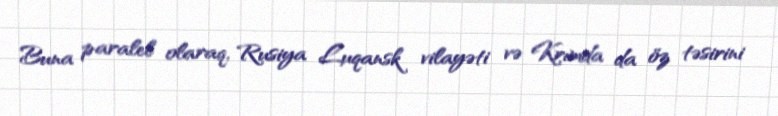
Buna paralel olaraq, Rusiya Luqansk vilayəti və Krımda da öz təsirini